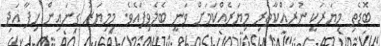
ބޮޑެތި މިޔަރަކީ ނުރައްކާތެރި މިޔަރެއްކަމަށް ވަނީ ބެލެވިފައެވެ. މިމިޔަރު ގިނައިން ހިފާ އަދި